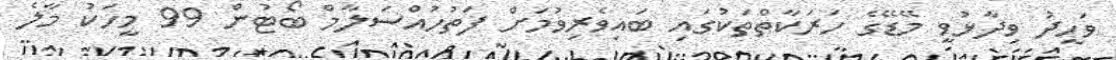
ވަހީދު ވިދާޅުވީ މޭޑޭގެ ހަރަކާތްތަކުގައި ބައިވެރިވުމަށް ފަތުހުއްސަލާމް ބޯޓުން 99 މީހަކު މާލެ